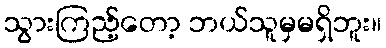
သွားကြည့်တော့ ဘယ်သူမှမရှိဘူး။